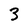
Character: 3